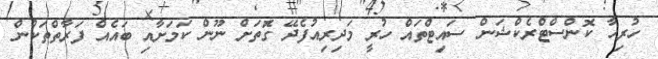
ހުރިހާ ކޮންސްޓްރެކްޝަން ސައިޓްތައް ހުރީ މަދިރިއުފެދޭ ގޮަތަށް ނޫން ކަމަށާއި ބައެއް ފަރާތްތަކުން